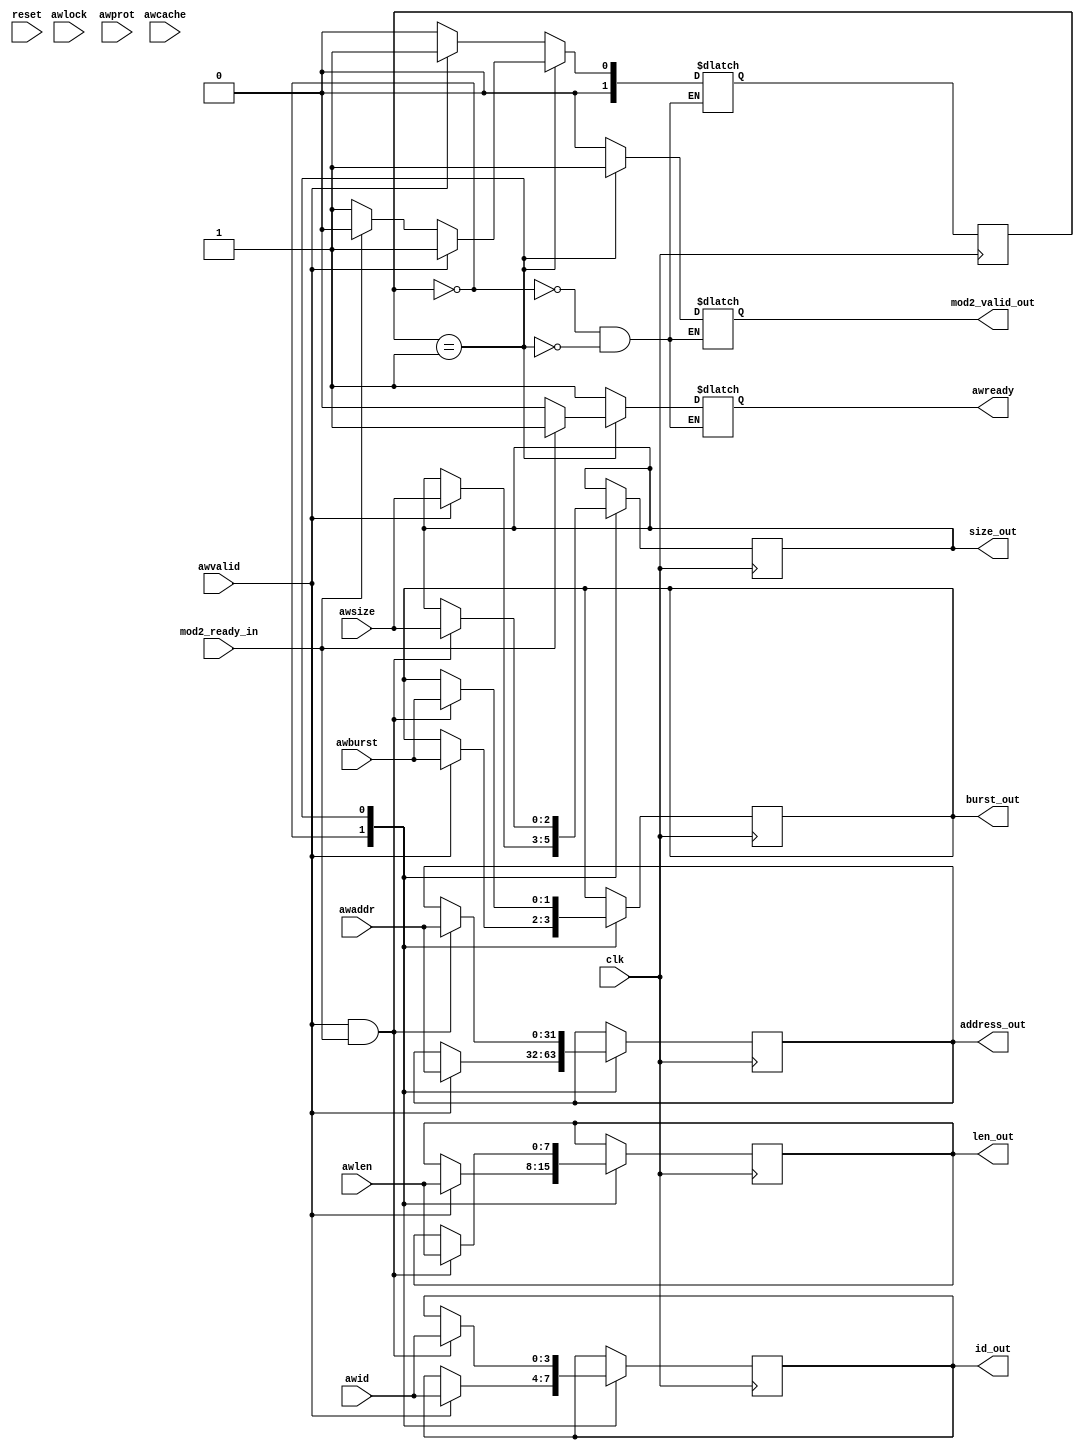

// ************************************************************************************************
//
// PROJECT      :   AXI_ADDRESS_READ
// PRODUCT      :   AXI meomory slave
// FILE         :   <File Name/Module Name>
// DESCRIPTION  :   Accepts the address from master nand holds it. If data read is not busy pass module
//
// ************************************************************************************************
//
// REVISIONS:
//
//	Date			Developer	Description
//	----			---------	-----------
//  09 Apr 2014		Start date
//
//**************************************************************************************************

`timescale 1ns / 1ps

module add_write
    (
      clk,
      reset,
      awid,
      awaddr,
      awlen,
      awsize,
      awburst,
      awlock,
      awcache,
      awprot,
      awvalid,
      awready,

      address_out,
      mod2_ready_in,
      mod2_valid_out,
      id_out,
      len_out,
      size_out,
      burst_out

    );

//---------------------------------------------------------------------------------------------------------------------
// Global constant headers
//---------------------------------------------------------------------------------------------------------------------
   //`include "../sim/param.v"
    parameter ADD_ID_WIDTH = 4;
    parameter ADD_WIDTH = 32;
    parameter BURST_LEN = 8;
    parameter BURST_SIZE = 3;
    parameter DATA_WIDTH = 1024;
    parameter BURST_TYPE = 2;
    parameter MAX_BYTE_SIZE = 128;
    parameter MAX_BIT_SIZE = 1024;
//---------------------------------------------------------------------------------------------------------------------
// parameter definitions
//---------------------------------------------------------------------------------------------------------------------

  localparam STATE_IDLE = 0;
  localparam STATE_BUSY = 1;
//---------------------------------------------------------------------------------------------------------------------
// I/O signals
//---------------------------------------------------------------------------------------------------------------------
    input clk;
    input reset;
    input [ADD_ID_WIDTH-1:0]awid;
    input [ADD_WIDTH-1:0]awaddr;
    input [BURST_LEN-1:0]awlen;
    input [BURST_SIZE-1:0]awsize;
    input [BURST_TYPE-1:0]awburst;
    input [1:0]awlock;
    input [3:0]awcache;
    input [2:0]awprot;
    input  awvalid;
    output reg awready;

    //Sub Module IO signals
    output reg [ADD_WIDTH-1:0] address_out;
    output reg [ADD_ID_WIDTH-1:0]id_out;
    output reg [BURST_LEN-1:0]len_out;
    output reg [BURST_SIZE-1:0]size_out;
    output reg [BURST_TYPE-1:0]burst_out;
    input mod2_ready_in;
    output reg mod2_valid_out;


//---------------------------------------------------------------------------------------------------------------------
// Internal wires and registers
//---------------------------------------------------------------------------------------------------------------------
reg [1:0] state;
reg [1:0] next_state;



//---------------------------------------------------------------------------------------------------------------------
// Implementation
//---------------------------------------------------------------------------------------------------------------------
initial begin
  state = STATE_IDLE;
end

 always @(posedge clk) begin : Clock_Edge_register_sampling
      case (state)

        STATE_IDLE : begin
          if(awvalid == 1) begin
            address_out<=awaddr;
            id_out <=awid;
            len_out <=awlen;
            size_out<=awsize;
            burst_out<=awburst;
          end
        end

        STATE_BUSY : begin
          if(awvalid == 1 && mod2_ready_in) begin
            address_out<=awaddr;
            id_out <=awid;
            len_out <=awlen;
            size_out<=awsize;
            burst_out<=awburst;
          end
        end
      endcase
  end

 always @(posedge clk) begin : Next_state_and_driving_outputs
     state<=next_state;
  end

    always @(*) begin : dfe
      case (state)
        STATE_IDLE :begin

          awready=1;
          mod2_valid_out=0;

          if (awvalid==1) begin
            next_state=STATE_BUSY;
          end
          else begin
            next_state=STATE_IDLE;
          end
        end

        STATE_BUSY :begin
          if (awvalid==1) begin
            next_state=STATE_BUSY;
          end
          else if (mod2_ready_in==0) begin
            next_state=STATE_BUSY;
          end
          else begin
            next_state=STATE_IDLE;
          end

          if (mod2_ready_in==1) begin
            awready=1;
          end
          else begin
            awready=0;
          end
          mod2_valid_out=1;
        end
        endcase

    end




endmodule